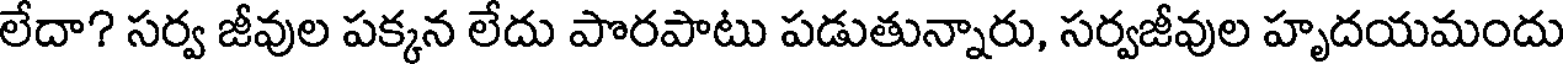
లేదా? సర్వ జీవుల పక్కన లేదు పొరపాటు పడుతున్నారు, సర్వజీవుల హృదయమందు